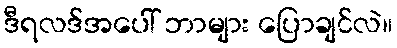
ဒီရလဒ်အပေါ် ဘာများ ပြောချင်လဲ။